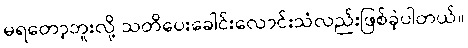
မရတော့ဘူးလို့ သတိပေးခေါင်းလောင်းသံလည်းဖြစ်ခဲ့ပါတယ်။